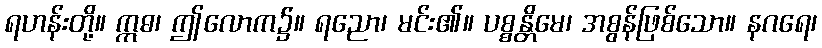
ရဟန်းတို့။ ဣဓ၊ ဤလောက၌။ ရညော၊ မင်း၏။ ပစ္စန္တိမေ၊ အစွန်ဖြစ်သော။ နဂရေ၊